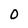
Character: 0